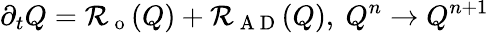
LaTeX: \partial_{t}Q=\mathcal{R}_{\mathrm{~o~}}(Q)+\mathcal{R}_{\mathrm{~A~D~}}(Q),\ Q^{n}\to Q^{n+1}